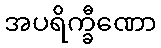
အပရိက္ခီဏော